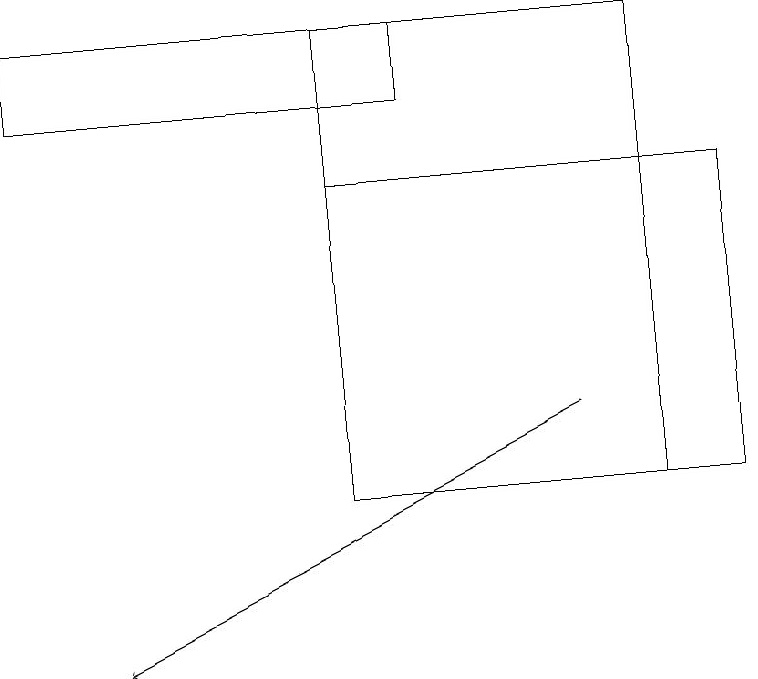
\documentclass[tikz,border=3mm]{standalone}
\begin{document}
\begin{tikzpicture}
\draw[->] (7,14) -- (1,11);
\draw (9,13) rectangle (4,17);
\draw (0,19) rectangle (5,18);
\draw (4,13) rectangle (8,19);
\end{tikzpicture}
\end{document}